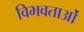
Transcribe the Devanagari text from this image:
विभवताओं